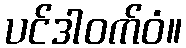
ပင်ဒါဝက်ဝံ။